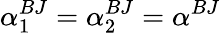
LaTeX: \alpha_{1}^{BJ}=\alpha_{2}^{BJ}=\alpha^{BJ}